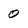
Character: 0